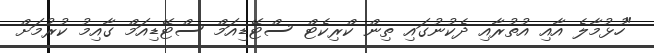
"ހުޅުމާލެ އާއި އުތުރާއި ދެކުނުގައި ތިން ކްރިކެޓް ސްޓޭޑިއަމް ސްޓޭޑިއަމް ގާއިމު ކުރުމަށް